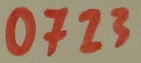
Text: 0723